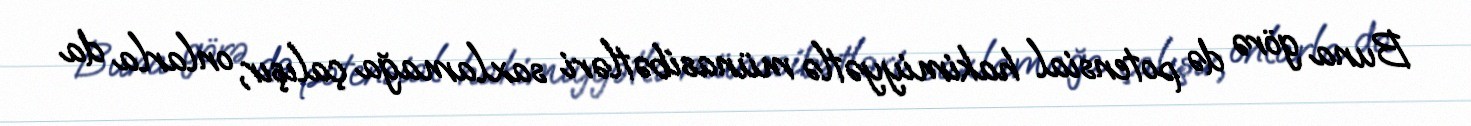
Buna görə də potensial hakimiyyətlə münasibətləri saxlamağa çalışır, onlarla da